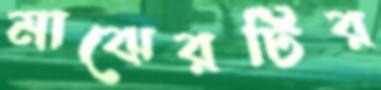
মাঝেরটির